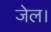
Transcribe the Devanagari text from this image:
जेल।